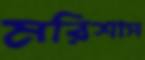
মরিশাস